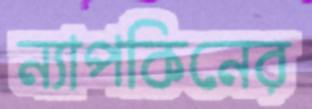
ন্যাপকিনের